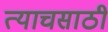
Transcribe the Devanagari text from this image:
त्याचसाठी